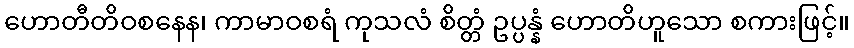
ဟောတီတိဝစနေန၊ ကာမာဝစရံ ကုသလံ စိတ္တံ ဥပ္ပန္နံ ဟောတိဟူသော စကားဖြင့်။